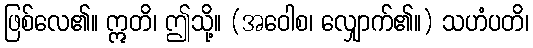
ဖြစ်လေ၏။ ဣတိ၊ ဤသို့။ (အဝေါစ၊ လျှောက်၏။) သဟံပတိ၊